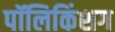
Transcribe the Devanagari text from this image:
पॉलिकिंशग